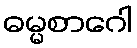
ဓမ္မစာဂေါ